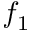
f _ { 1 }